Indian journal of veterinary science and animal husbandry - Volume 2,
Year: 1932
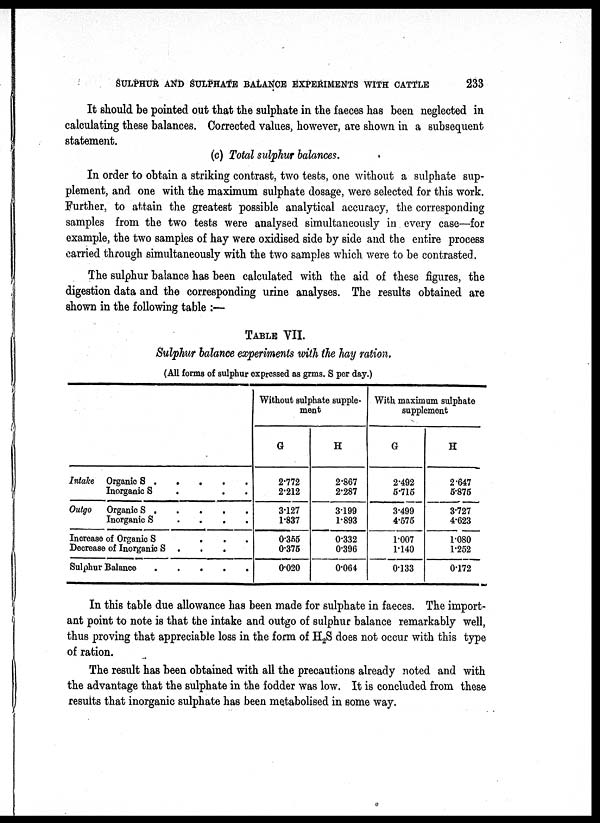
SULPHUR AND SULPHATE BALANCE EXPERIMENTS WITH CATTLE
233
It should be pointed out that the sulphate in the faeces has been neglected in
calculating these balances. Corrected values, however, are shown in a subsequent
statement.
(c) Total sulphur balances.
In order to obtain a striking contrast, two tests, one without a sulphate sup-
plement, and one with the maximum sulphate dosage, were selected for this work.
Further, to attain the greatest possible analytical accuracy, the corresponding
samples from the two tests were analysed simultaneously in every case—for
example, the two samples of hay were oxidised side by side and the entire process
carried through simultaneously with the two samples which were to be contrasted.
The sulphur balance has been calculated with the aid of these figures, the
digestion data and the corresponding urine analyses. The results obtained are
shown in the following table :—
TABLE VII.
Sulphur balance experiments with the hay ration.
(All forms of sulphur expressed as grms. S per day.)
Intake
Outgo
Organic S .
Inorganic S
Organic S
.
Inorganic S
Increase of Organic S
Decrease of Inorganic S
Sulphur Balance
.
.
.
.
.
.
.
.
.
.
.
.
.
.
.
.
.
.
.
.
.
.
.
.
.
.
.
.
Without sulphate supple-
ment
G
2.772
2.212
3.127
1.837
0.355
0.375
0.020
H
2.867
2.287
3.199
1.893
0.332
0.396
0.064
With maximum sulphate
supplement
G
2.492
5.715
3.499
4.575
1.007
1.140
0.133
H
2.647
5.875
3.727
4.623
1.080
1.252
0.172
In this table due allowance has been made for sulphate in faeces. The import-
ant point to note is that the intake and outgo of sulphur balance remarkably well,
thus proving that appreciable loss in the form of H 2 S does not occur with this type
of ration.
The result has been obtained with all the precautions already noted and with
the advantage that the sulphate in the fodder was low. It is concluded from these
results that inorganic sulphate has been metabolised in some way.